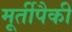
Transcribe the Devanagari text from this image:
मूर्तीपैकी